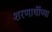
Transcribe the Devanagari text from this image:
शरणार्थीच्या